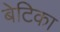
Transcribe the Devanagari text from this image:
बेटिका